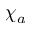
\chi _ { a }